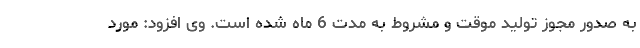
به صدور مجوز تولید موقت و مشروط به مدت 6 ماه شده است. وی افزود: مورد